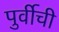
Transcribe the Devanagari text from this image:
पुर्वीची